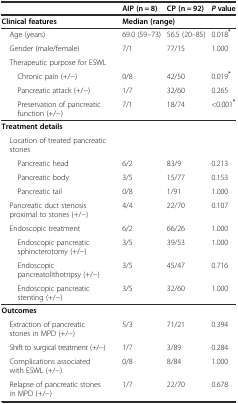
|  | AIP (n = 8) | CP (n = 92) | Pvalue |
 | --- | --- | --- | --- |
 | Clinical features | <COLSPAN=2> Median (range) |  |
 | Age (years) | 69.0 (59–73) | 56.5 (20–85) | 0.018* |
 | Gender (male/female) | 7/1 | 77/15 | 1.000 |
 | Therapeutic purpose for ESWL |  |  |  |
 | Chronic pain (+/−) | 0/8 | 42/50 | 0.019* |
 | Pancreatic attack (+/−) | 1/7 | 32/60 | 0.265 |
 | Preservation of pancreatic function (+/−) | 7/1 | 18/74 | <0.001* |
 | Treatment details |  |  |  |
 | Location of treated pancreatic stones |  |  |  |
 | Pancreatic head | 6/2 | 83/9 | 0.213 |
 | Pancreatic body | 3/5 | 15/77 | 0.153 |
 | Pancreatic tail | 0/8 | 1/91 | 1.000 |
 | Pancreatic duct stenosis proximal to stones (+/−) | 4/4 | 22/70 | 0.107 |
 | Endoscopic treatment | 6/2 | 66/26 | 1.000 |
 | Endoscopic pancreatic sphincterotomy (+/−) | 3/5 | 39/53 | 1.000 |
 | Endoscopic pancreatolithotripsy (+/−) | 3/5 | 45/47 | 0.716 |
 | Endoscopic pancreatic stenting (+/−) | 3/5 | 32/60 | 1.000 |
 | Outcomes |  |  |  |
 | Extraction of pancreatic stones in MPD (+/−) | 5/3 | 71/21 | 0.394 |
 | Shift to surgical treatment (+/−) | 1/7 | 3/89 | 0.284 |
 | Complications associated with ESWL (+/−) | 0/8 | 8/84 | 1.000 |
 | Relapse of pancreatic stones in MPD (+/−) | 1/7 | 22/70 | 0.678 |